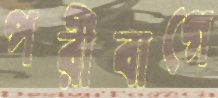
পরীবাগে